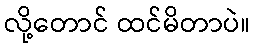
လို့တောင် ထင်မိတာပဲ။